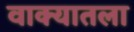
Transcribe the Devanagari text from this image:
वाक्यातला